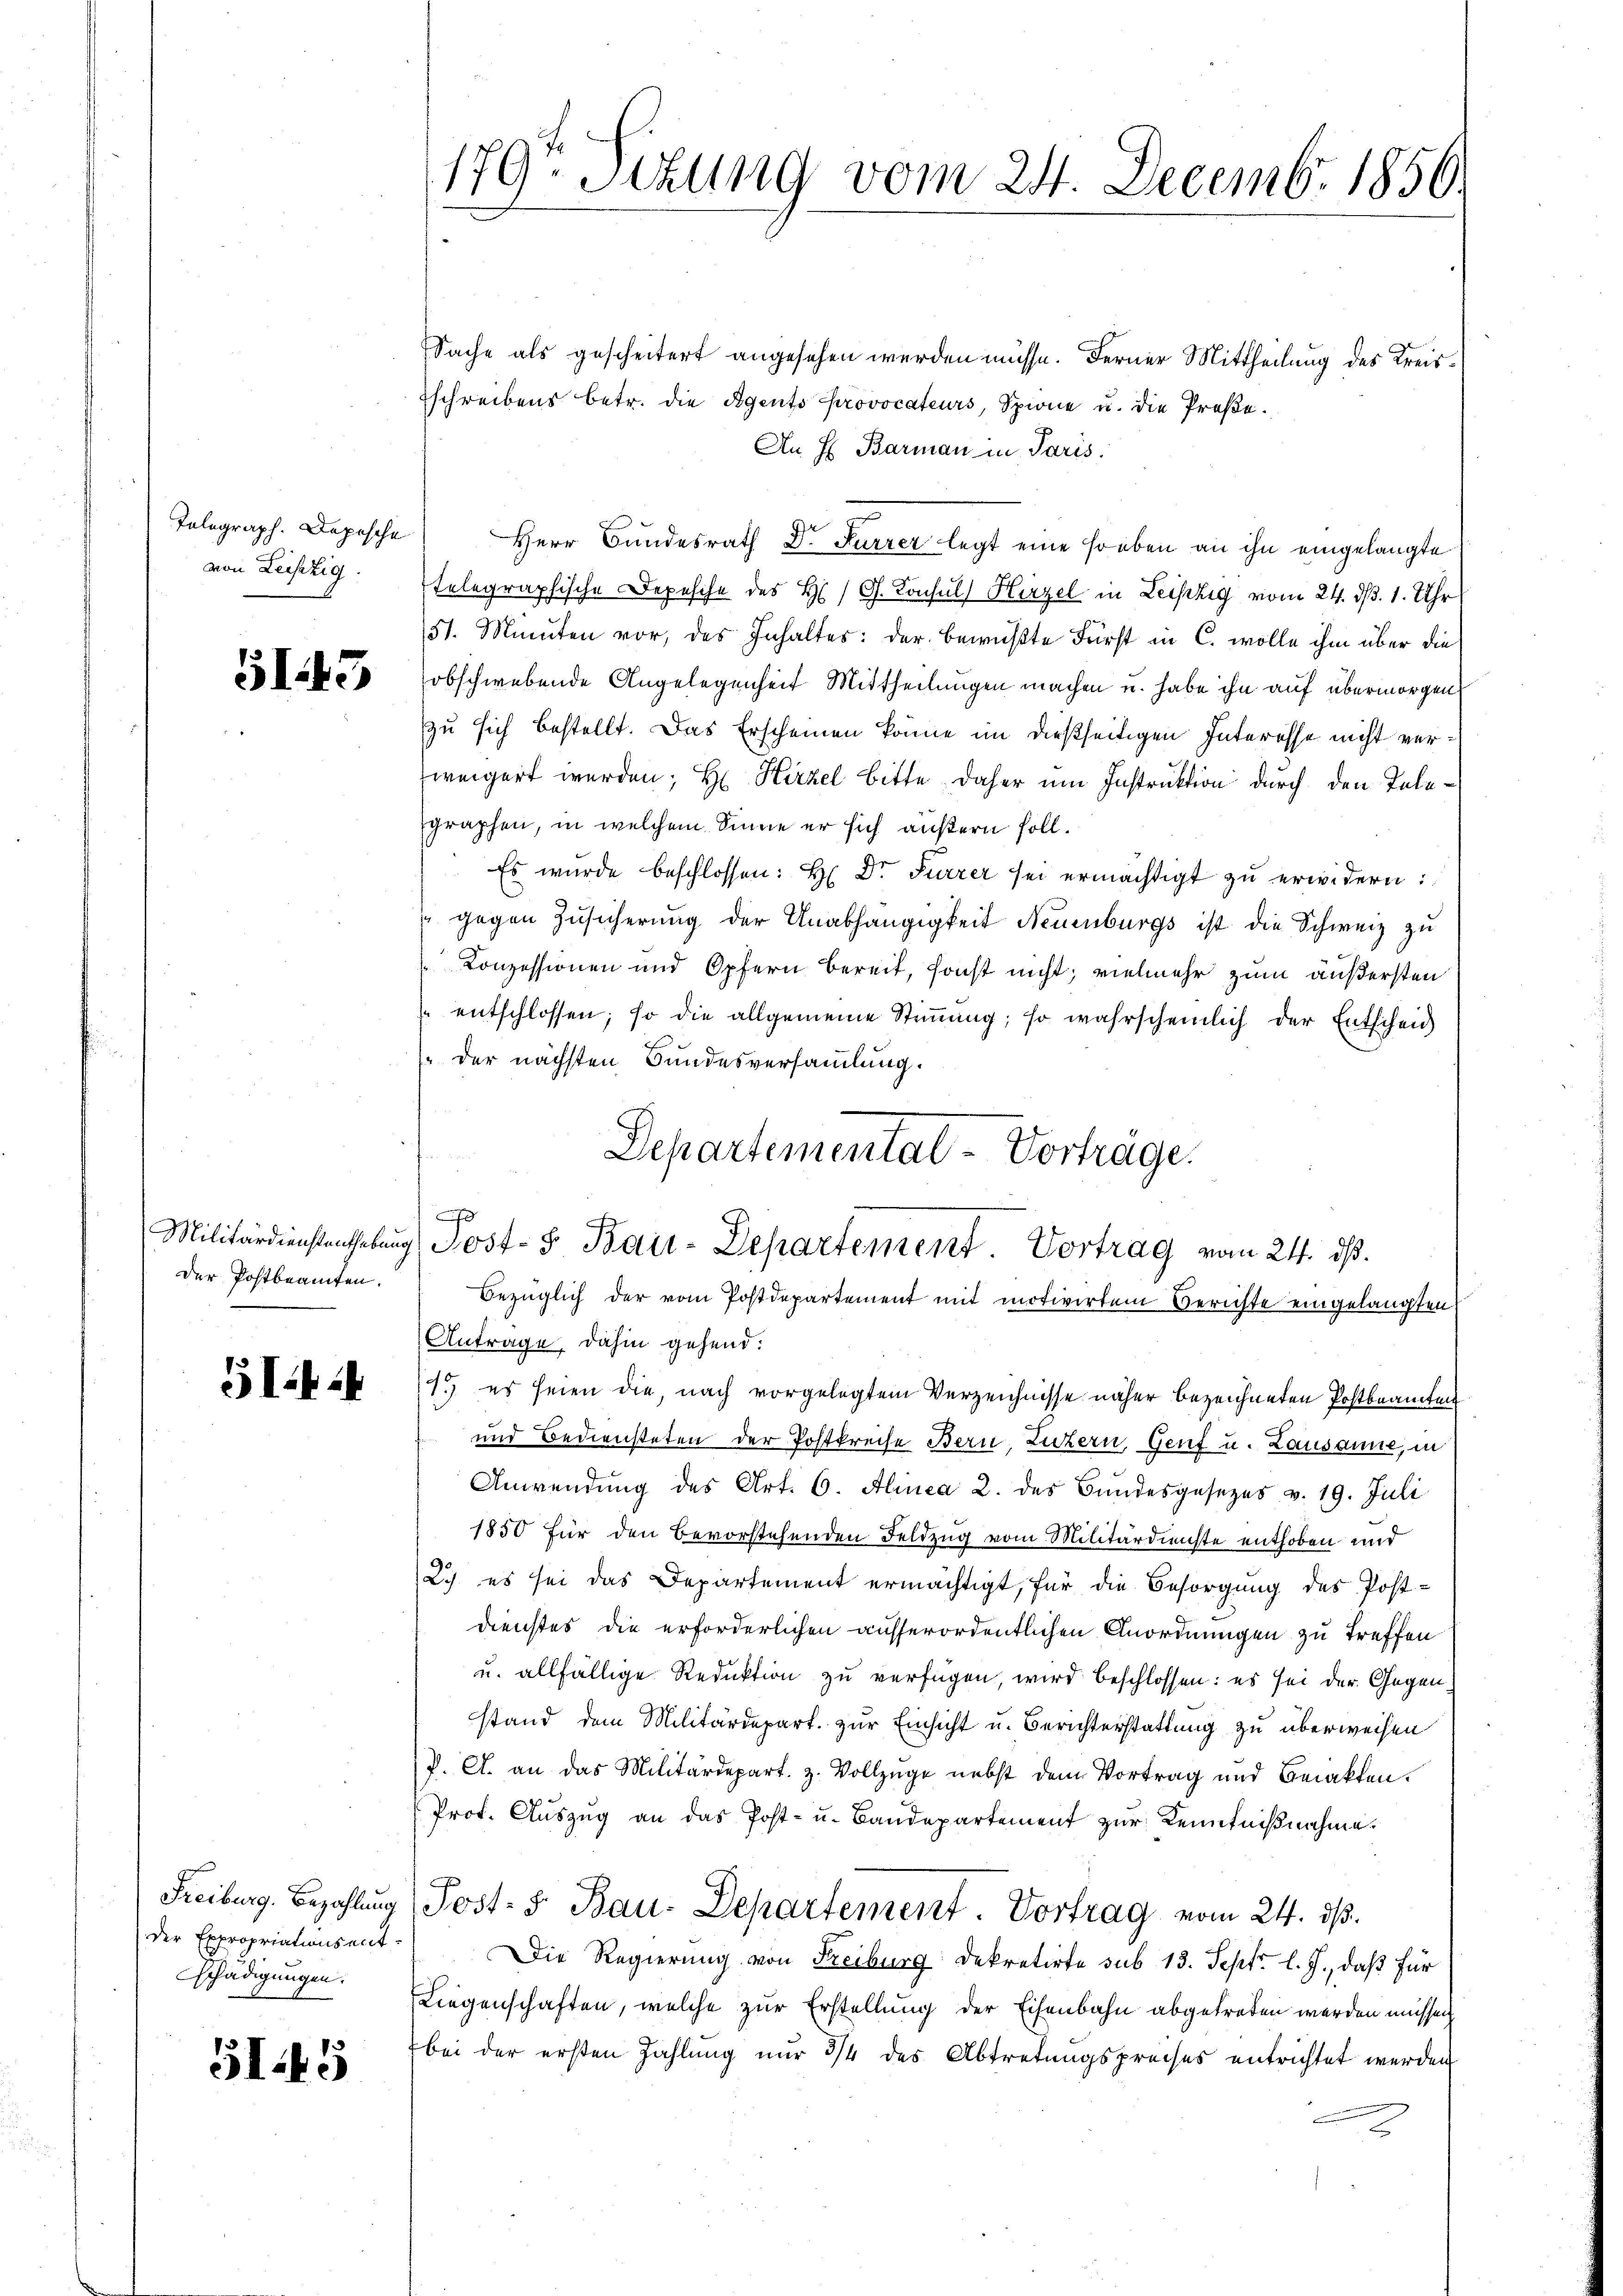
Telograph. Depesche
von Leipzig.

5143

Militärdienstenthebung
Der Postbeamten.

5I4

Freiburg. Bezahlung
der Expropriationsent¬
Schädigungen.

51.45

179. Sitzung vom 24. Decemb. 1856.

Departemental-Vorträge.
d
Jost- & Bau-Departement. Vortrag vom 24. ds.

Sache als gescheitert angesehen werden müsse. Ferner Mittheilung des Kreisschreibens betr. die Agents Provocateurs, Spione u. die Preße.
An H. Barman in Paris.
Herr Bundesrath Dr. Furrer legt eine soeben an ihn eingelangte
telegraphische Depesche des H / G. Konsul Hirzel in Leistig vom 24. ds. 1. Uhr
51. Minuten vor, des Inhaltes: der bewußte Fürst in C. wolle ihm über die
obschwebende Angelegenheit Mittheilungen machen u. habe ihn auf übermorgen,
zu sich bestellt. Das Erscheinen könne im dießseitigen Interesse nicht verweigert werden; H. Hirzel bitte daher um Instruktion durch den Telegraphen, in welchem Sinne er sich äußern soll.
Es wurde beschlossen: H. Dr Furrer sei ermächtigt zu erwidern:
 gegen Zusicherung der Unabhängigkeit Neuenburgs ist die Schweiz zu
Konzessionen und Opfern bereit, sonst nicht; vielmehr zum äußersten
entschlossen; so die allgemeine Stiṁung; so wahrscheinlich der Entscheid
(der nächsten Bundesversammlung.
Bezüglich der vom Postdepartement mit motivirten Berichte eingelangten
Antrage, dahin gehend:
1.) es seien die nach vorgelegtem Verzeichnisse näher bezeichneten Postbeamten
und Bediensteten der Postkreise Bern, Luzern, Genf u. Lausanne, in
Anwendŭng des Art. 6. Alinea 2. des Bundesgesezes v. 19. Juli
1850 für den bevorstehenden Feldzug vom Militärdienste enthoben und
L.) es sei das Departement ermächtigt, für die Besorgung des Postdienstes die erforderlichen ausserordentlichen Anordnungen zu treffen
u. allfällige Reduktion zu verfügen, wird beschlossen: es sei der Gegenstand dem Militärdepart. zur Einsicht u. Berichterstattung zu überweisen
J. A. an das Militärdepart. z. Vollzüge nebst dem Vortrag und Berakten.
Prof. Auszug an das Post- u. Baudepartement zur Kenntnißnahme.
Post. S. Bau-Departement. Vortrag vom 24. ds.
Die Regierung von Freiburg Dekretirte sub 13. Sept. l. J., daß für
Liegenschaften, welche zur Erstellung der Eisenbahn abgetreten werden müssen
bei der ersten Zahlung nur 3/4 des Abtretungspreises entrichtet werden
2